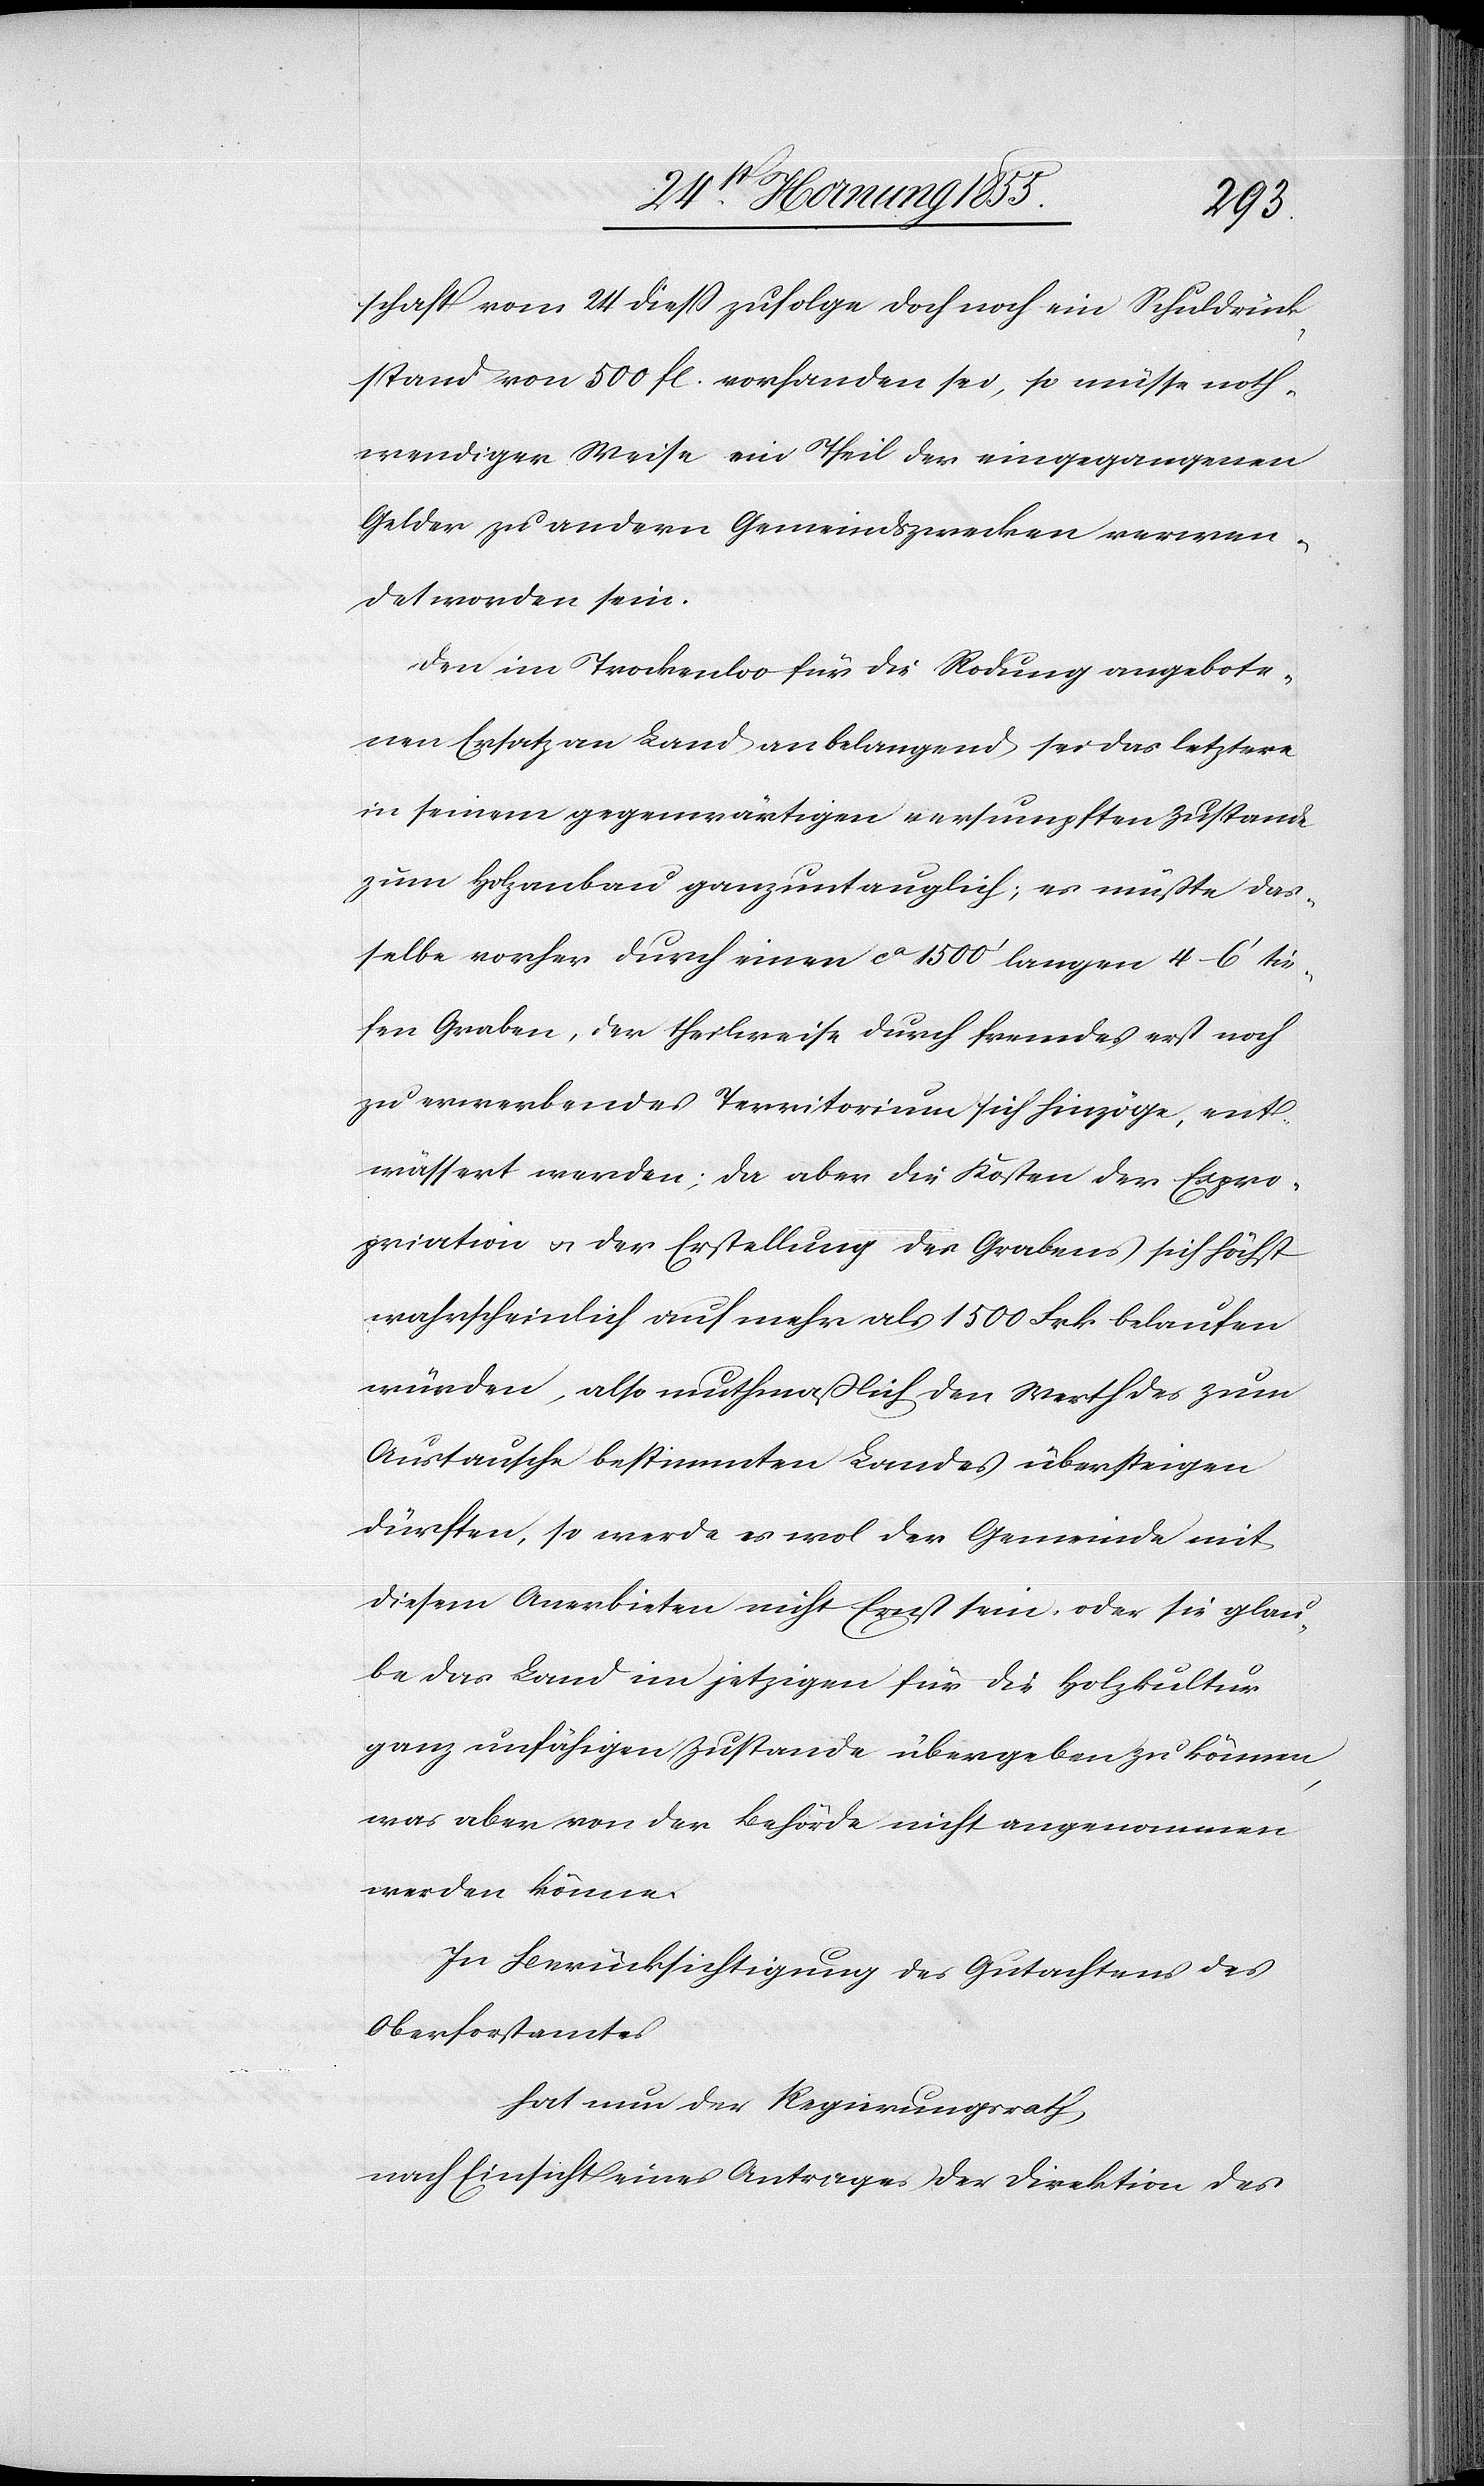
schaft vom 24 diess zufolge doch noch ein Schuldrück¬
stand von 500 fl. vorhanden sei, so müsse noth¬
wendiger Weise ein Theil der eingegangenen
Gelder zu andern Gemeindszwecken verwen¬
det worden sein.
Den im Trockenloo für die Rodung angebote¬
nen Ersatz an Land anbelangend sei das letztere
in seinem gegenwärtigen versumpften Zustande
zum Holzanbau ganz untauglich; es müßte das¬
selbe vorher durch einen ca 1500‘ langen 4–6‘ tie¬
fen Graben, der theilweise durch fremdes erst noch
zu erwerbendes Territorium sich hinzöge, ent¬
wässert werden; da aber die Kosten der Expro¬
priation & der Erstellung des Grabens sich höchst
wahrscheinlich auf mehr als 1500 Frk. belaufen
würden, also muthmaßlich den Werth des zum
Austausche bestimmten Landes übersteigen
dürften, so werde es wol der Gemeinde mit
diesem Anerbieten nicht Ernst sein, oder sie glau¬
be das Land im jetzigen für die Holzkultur
ganz unfähigen Zustande übergeben zu können,
was aber von der Behörde nicht angenommen
werden könne.
In Berücksichtigung des Gutachtens des
Oberforstamtes
hat nun der Regierungsrath,
nach Einsicht eines Antrages der Direktion des